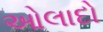
ઓલાદો